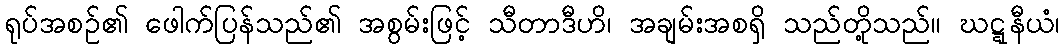
ရုပ်အစဉ်၏ ဖေါက်ပြန်သည်၏ အစွမ်းဖြင့် သီတာဒီဟိ၊ အချမ်းအစရှိ သည်တို့သည်။ ဃဋ္ဋနီယံ၊